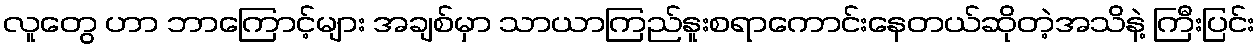
လူတွေ ဟာ ဘာကြောင့်များ အချစ်မှာ သာယာကြည်နူးစရာကောင်းနေတယ်ဆိုတဲ့အသိနဲ့ ကြီးပြင်း